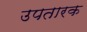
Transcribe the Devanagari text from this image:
उपतारक